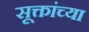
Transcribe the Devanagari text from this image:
सूक्तांच्या